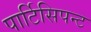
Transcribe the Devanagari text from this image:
पार्टिसिपन्ट